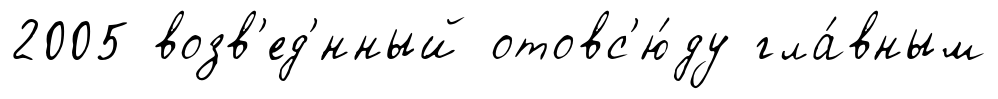
2005 возв'ед'́нный отовс'ю́ду гла́вным